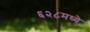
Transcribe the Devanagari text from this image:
६२८मध्ये